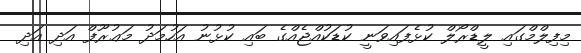
މިފިލްމްގައި ލީޑްރޯލް ކުޅެފައިވަނީ ކުޑަކުއްޖެއްގެ ބައި ކުޅުނު އަހުމަދު މަޢުރޫފް އަދި އަދި